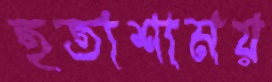
হতাশাময়